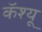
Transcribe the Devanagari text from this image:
कॅश्यू